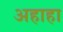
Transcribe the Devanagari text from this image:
अहाहा